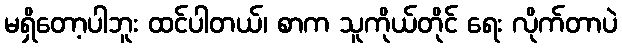
မရှိတော့ပါဘူး ထင်ပါတယ်၊ စာက သူကိုယ်တိုင် ရေး လိုက်တာပဲ